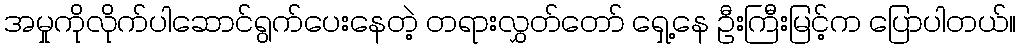
အမှုကိုလိုက်ပါဆောင်ရွက်ပေးနေတဲ့ တရားလွှတ်တော် ရှေ့နေ ဦးကြီးမြင့်က ပြောပါတယ်။